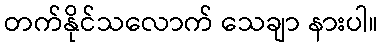
တက်နိုင်သလောက် သေချာ နားပါ။